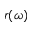
r ( \omega )